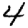
Digit: 4